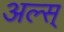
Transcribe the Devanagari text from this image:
अल्स्